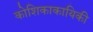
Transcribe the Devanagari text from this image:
कोशिकाकायिकी